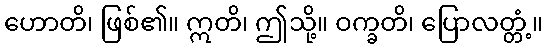
ဟောတိ၊ ဖြစ်၏။ ဣတိ၊ ဤသို့။ ဝက္ခတိ၊ ပြောလတ္တံ့။